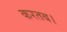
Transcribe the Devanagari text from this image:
करतब।